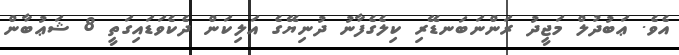
އެވެ. ޢަބުދުލް މަޖީދު ރަންނަބަނޑޭރި ކިލެގެފާނު ދުނިޔޭގެ އަލިކަން ދެކެވަޑައިގަތީ 8 ޝަޢުބާން